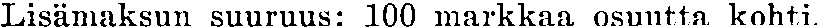
Lisämaksun suuruus: 100 markkaa osuutta kohti.